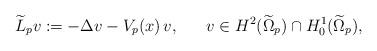
LaTeX: \begin{align*}\widetilde{L}_p v:=-\Delta v- V_p(x)\, v,\ \ \ \ \ v\in H^2( \widetilde{\Omega}_p )\cap H^1_0( \widetilde{\Omega}_p ),\end{align*}